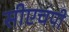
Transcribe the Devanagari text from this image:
सीएचपी